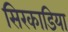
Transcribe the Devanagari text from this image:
सिरकाडिया